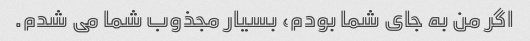
اگر من به جای شما بودم، بسیار مجذوب شما می شدم.